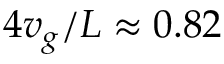
4 v _ { g } / L \approx 0 . 8 2